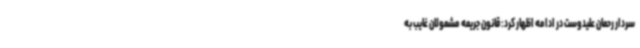
سردار رحمان علیدوست در ادامه اظهار کرد: قانون جریمه مشمولان غایب به